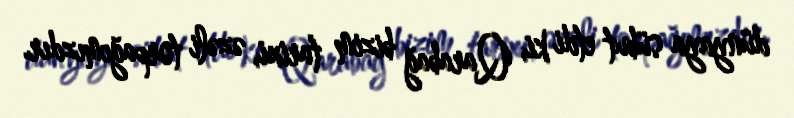
dünyaya sübut etdi ki, Qarabağ bizim tarixi, əzəli torpağımızdır.